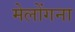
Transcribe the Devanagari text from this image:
मेलोंगना